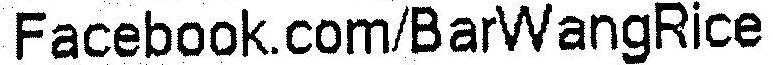
FACEBOOK.COM/BARWANGRICE